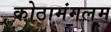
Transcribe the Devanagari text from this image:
कोठामंगलम